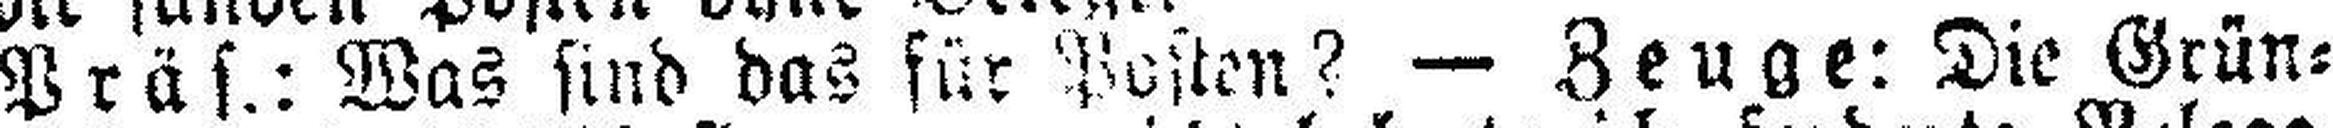
Präs.: Was sind das für Posten? — Zeuge: Die Grün¬